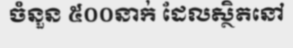
ចំនួន ៥០០នាក់ ដែលស្ថិតនៅ